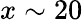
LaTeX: x\sim 20